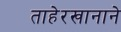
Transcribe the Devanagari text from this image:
ताहेरखानाने